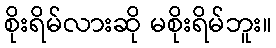
စိုးရိမ်လားဆို မစိုးရိမ်ဘူး။